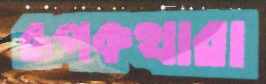
রূপকথারা